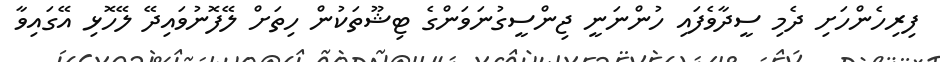
ފިރިހެންހަށި ދެމި ސީދާވެފައި ހުންނަނީ ޖިންސީގުނަވަންގެ ޓިޝޫތަކުން ހިތަށް ލޭފޮނުވައިދޭ ލޭހޮޅި އޭގައިވާ